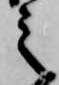
之